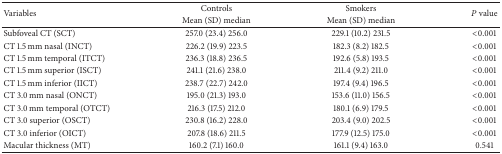
| <ROWSPAN=2> Variables | Controls | Smokers | <ROWSPAN=2> P value |
 | Mean (SD) median | Mean (SD) median |
 | --- | --- | --- | --- |
 | Subfoveal CT (SCT) | 257.0 (23.4) 256.0 | 229.1 (10.2) 231.5 | <0.001 |
 | CT 1.5 mm nasal (INCT) | 226.2 (19.9) 223.5 | 182.3 (8.2) 182.5 | <0.001 |
 | CT 1.5 mm temporal (ITCT) | 236.3 (18.8) 236.5 | 192.6 (5.8) 193.5 | <0.001 |
 | CT 1.5 mm superior (ISCT) | 241.1 (21.6) 238.0 | 211.4 (9.2) 211.0 | <0.001 |
 | CT 1.5 mm inferior (IICT) | 238.7 (22.7) 242.0 | 197.4 (9.4) 196.5 | <0.001 |
 | CT 3.0 mm nasal (ONCT) | 195.0 (21.3) 193.0 | 153.6 (11.0) 156.5 | <0.001 |
 | CT 3.0 mm temporal (OTCT) | 216.3 (17.5) 212.0 | 180.1 (6.9) 179.5 | <0.001 |
 | CT 3.0 superior (OSCT) | 230.8 (16.2) 228.0 | 203.4 (9.0) 202.5 | <0.001 |
 | CT 3.0 inferior (OICT) | 207.8 (18.6) 211.5 | 177.9 (12.5) 175.0 | <0.001 |
 | Macular thickness (MT) | 160.2 (7.1) 160.0 | 161.1 (9.4) 163.0 | 0.541 |